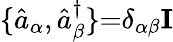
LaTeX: \{ \hat{a}_{\alpha},\hat{a}_{\beta}^{\dagger}\} {=}\delta_{\alpha\beta}\mathbf{I}